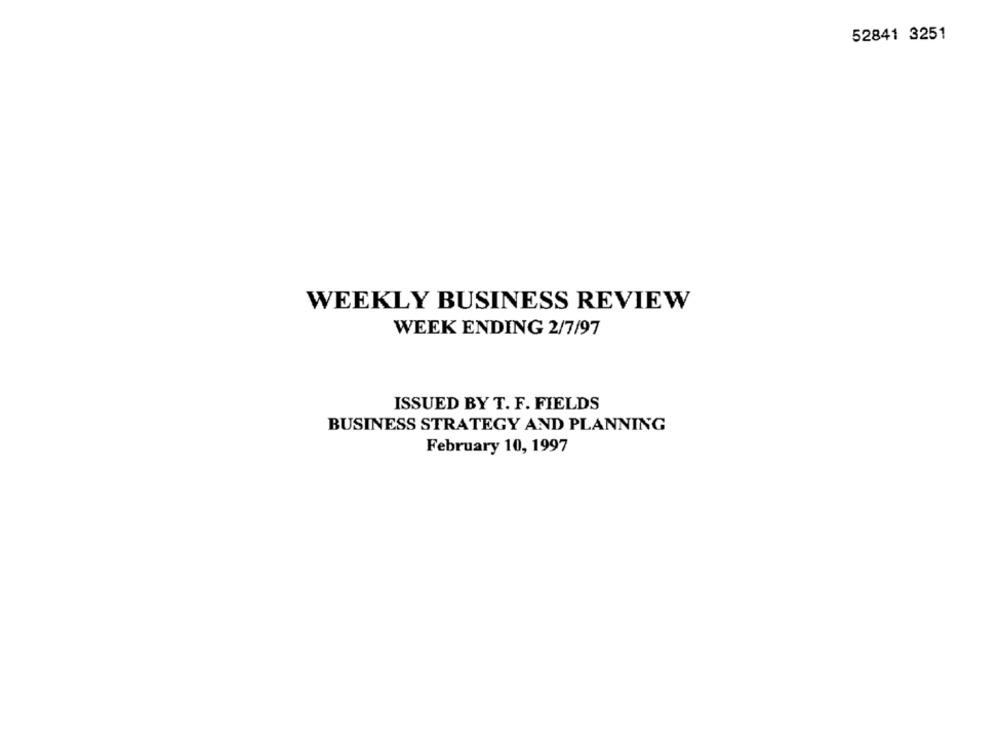
52841 3251
WEEKLY BUSINESS REVIEW
WEEK ENDING 2/7/97
ISSUED BY T. F. FIELDS
BUSINESS STRATEGY AND PLANNING
February 10, 1997